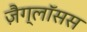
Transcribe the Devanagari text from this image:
ज़ैग्लॉसस